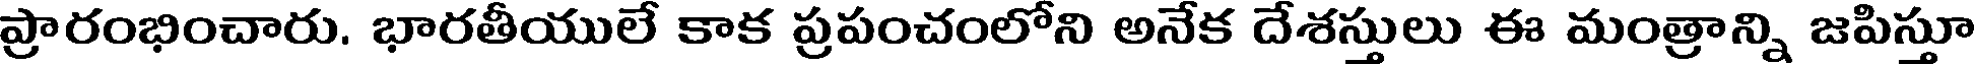
ప్రారంభించారు. భారతీయులే కాక ప్రపంచంలోని అనేక దేశస్తులు ఈ మంత్రాన్ని జపిస్తూ